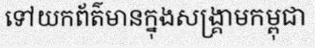
ទៅយកព័ត៌មានក្នុងសង្គ្រាមកម្ពុជា